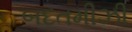
બદતમીઝી